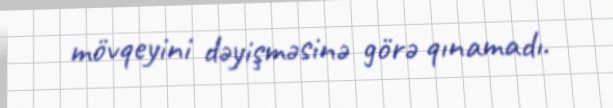
mövqeyini dəyişməsinə görə qınamadı.